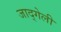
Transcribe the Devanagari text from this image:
जाद्गेली